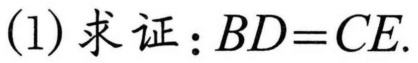
(1) 求证：$BD = CE$.